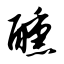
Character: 醺